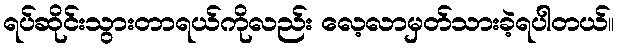
ရပ်ဆိုင်းသွားတာရယ်ကိုလည်း လေ့လာမှတ်သားခဲ့ရပါတယ်။